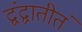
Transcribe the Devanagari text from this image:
द्वंद्वातीतं